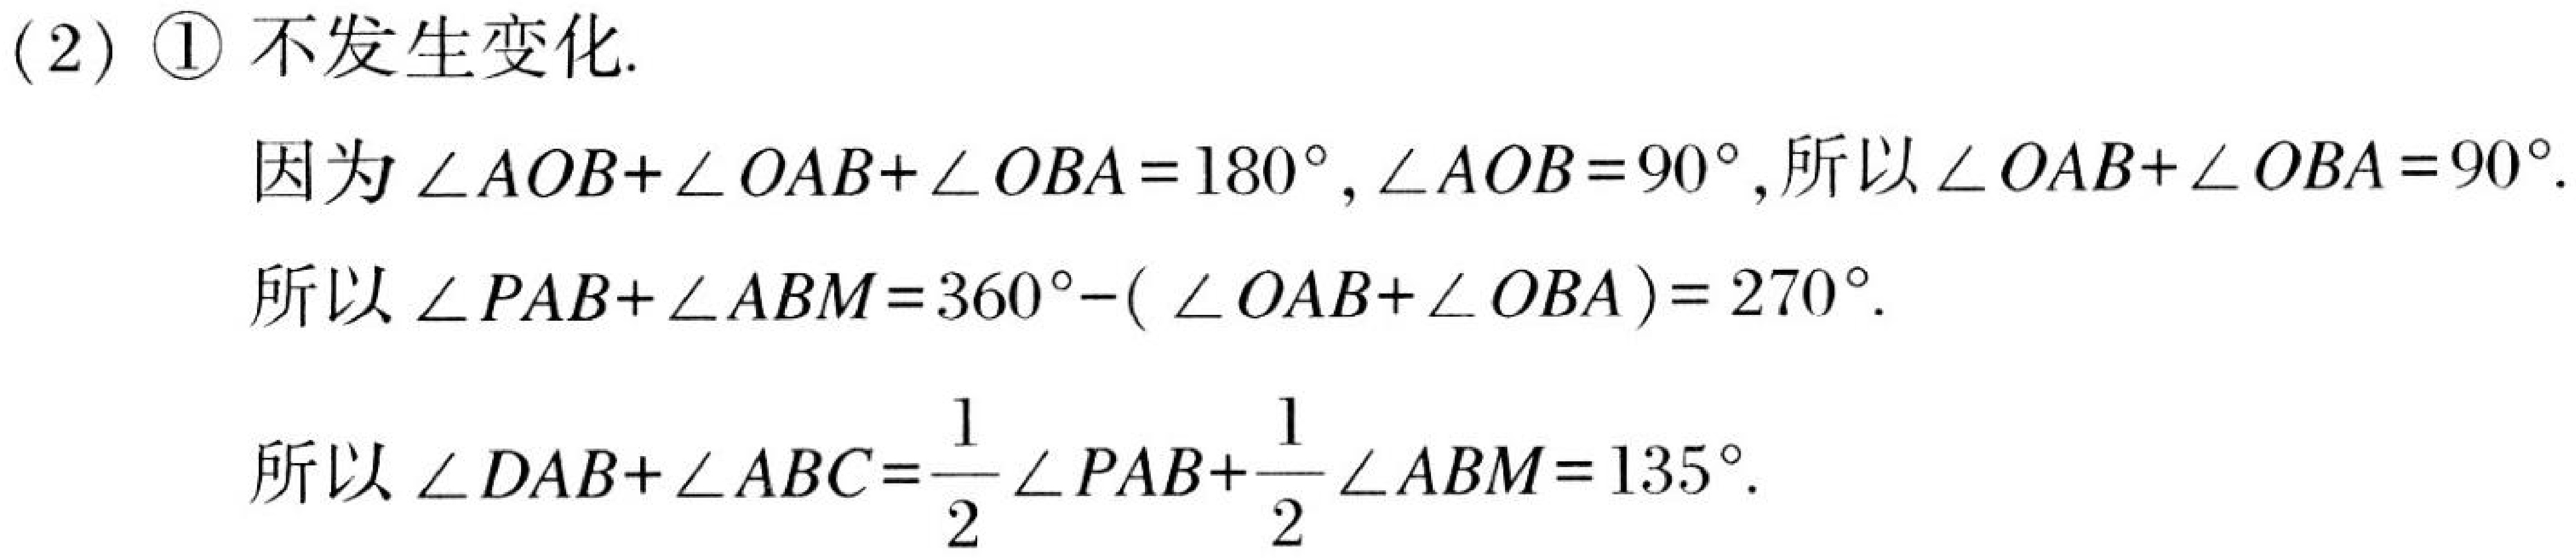
(2) \textcircled{1} 不发生变化.
因为\(\angle AOB+\angle OAB+\angle OBA = 180^{\circ}\)，\(\angle AOB = 90^{\circ}\)，所以\(\angle OAB+\angle OBA = 90^{\circ}\).
所以\(\angle PAB+\angle ABM = 360^{\circ}-(\angle OAB+\angle OBA)=270^{\circ}\).
所以\(\angle DAB+\angle ABC=\frac{1}{2}\angle PAB+\frac{1}{2}\angle ABM = 135^{\circ}\).